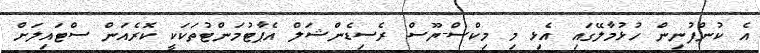
އެ ކުންފުނިން ހުޅުމާލޭގައި އެޅި މި މިކްސް-ޔޫސް ރެސިޑެންޝަލް އެޕާޓުމަންޓުތަކަކީ ކޮރެއަން ސްޓައިލަށް